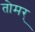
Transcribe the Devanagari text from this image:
तोमर्